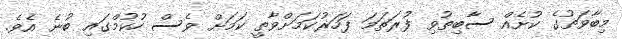
މިބާވަތުގެ ކުށެއް ސާބިތުވި ފުރަތަމަ ފަހަރުކަމަށްވާތީ ކަމަށް ވެސް ހުކުމްގައި ބުނެ އެވެ.